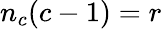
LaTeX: n_{c}(c-1)=r